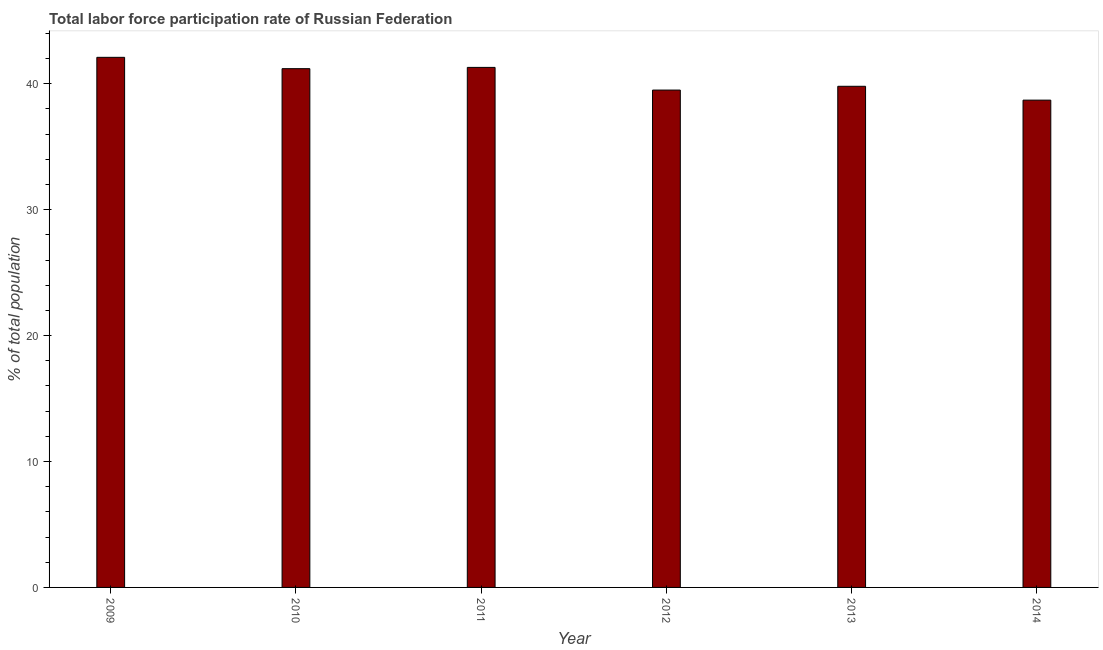
| Year | Labor force participation rate for ages 15-24 total |
 | --- | --- |
 | 2009 | 42.1 |
 | 2010 | 41.2 |
 | 2011 | 41.3 |
 | 2012 | 39.5 |
 | 2013 | 39.8 |
 | 2014 | 38.7 |